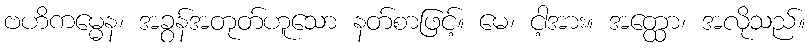
ဗဟိကမ္မေန၊ အခွန်အတုတ်ဟူသော နတ်စာဖြင့်။ မေ၊ ငါ့အား။ အတ္ထော၊ အလိုသည်။